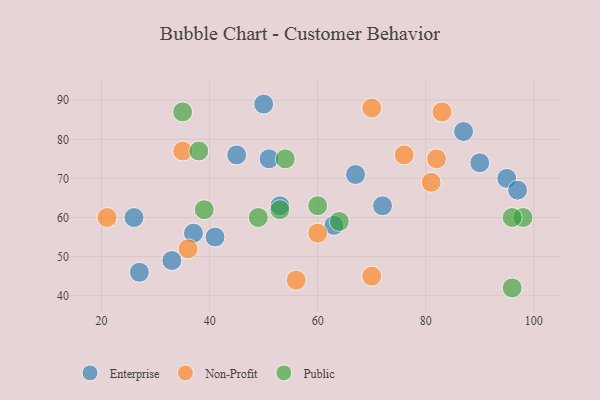
{"axis": {"x": "GDP", "y": "Life Expectancy"}, "legend": ["Enterprise", "Non-Profit", "Public"], "data": [{"x": "51", "y": 75, "type": "Enterprise"}, {"x": "53", "y": 63, "type": "Enterprise"}, {"x": "63", "y": 58, "type": "Enterprise"}, {"x": "90", "y": 74, "type": "Enterprise"}, {"x": "95", "y": 70, "type": "Enterprise"}, {"x": "50", "y": 89, "type": "Enterprise"}, {"x": "97", "y": 67, "type": "Enterprise"}, {"x": "27", "y": 46, "type": "Enterprise"}, {"x": "41", "y": 55, "type": "Enterprise"}, {"x": "26", "y": 60, "type": "Enterprise"}, {"x": "72", "y": 63, "type": "Enterprise"}, {"x": "33", "y": 49, "type": "Enterprise"}, {"x": "87", "y": 82, "type": "Enterprise"}, {"x": "67", "y": 71, "type": "Enterprise"}, {"x": "45", "y": 76, "type": "Enterprise"}, {"x": "37", "y": 56, "type": "Enterprise"}, {"x": "35", "y": 77, "type": "Non-Profit"}, {"x": "56", "y": 44, "type": "Non-Profit"}, {"x": "36", "y": 52, "type": "Non-Profit"}, {"x": "70", "y": 45, "type": "Non-Profit"}, {"x": "70", "y": 88, "type": "Non-Profit"}, {"x": "82", "y": 75, "type": "Non-Profit"}, {"x": "21", "y": 60, "type": "Non-Profit"}, {"x": "83", "y": 87, "type": "Non-Profit"}, {"x": "76", "y": 76, "type": "Non-Profit"}, {"x": "60", "y": 56, "type": "Non-Profit"}, {"x": "81", "y": 69, "type": "Non-Profit"}, {"x": "38", "y": 77, "type": "Public"}, {"x": "53", "y": 62, "type": "Public"}, {"x": "96", "y": 42, "type": "Public"}, {"x": "60", "y": 63, "type": "Public"}, {"x": "64", "y": 59, "type": "Public"}, {"x": "98", "y": 60, "type": "Public"}, {"x": "35", "y": 87, "type": "Public"}, {"x": "49", "y": 60, "type": "Public"}, {"x": "96", "y": 60, "type": "Public"}, {"x": "54", "y": 75, "type": "Public"}, {"x": "39", "y": 62, "type": "Public"}]}